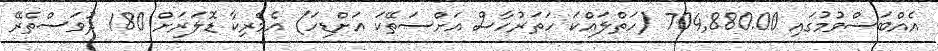
އެއްބަސްވުމުގައި 704